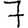
Digit: 7